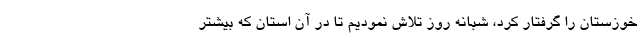
خوزستان را گرفتار کرد، شبانه روز تلاش نمودیم تا در آن استان که بیشتر